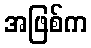
အဖြစ်က